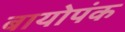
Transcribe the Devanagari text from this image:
बायोपंक